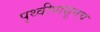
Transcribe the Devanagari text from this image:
पृथ्वीपासूनच